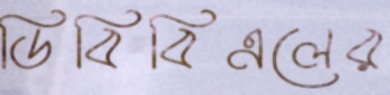
ডিবিবিএলের